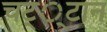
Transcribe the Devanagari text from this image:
चट््टान